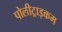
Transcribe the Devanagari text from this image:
पोलीट्राइकम